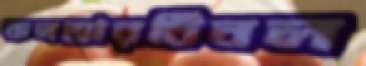
কনভারটিবল